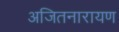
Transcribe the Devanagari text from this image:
अजितनारायण